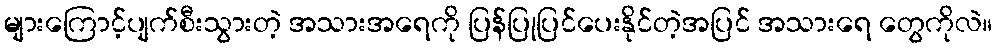
များကြောင့်ပျက်စီးသွားတဲ့ အသားအရေကို ပြန်ပြုပြင်ပေးနိုင်တဲ့အပြင် အသားရေ တွေကိုလဲ။